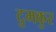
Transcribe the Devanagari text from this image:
टुमकुर